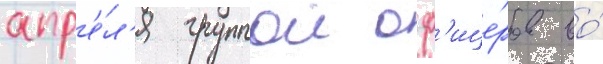
апр'е́л'я группои оф'ице́ров во́